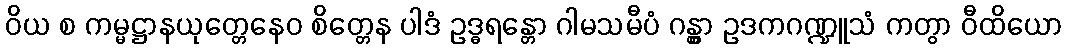
ဝိယ စ ကမ္မဋ္ဌာနယုတ္တေနေဝ စိတ္တေန ပါဒံ ဥဒ္ဓရန္တော ဂါမသမီပံ ဂန္တွာ ဥဒကဂဏ္ဍူသံ ကတွာ ဝီထိယော